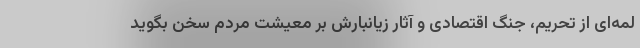
لمه‌ای از تحریم، جنگ اقتصادی و آثار زیانبارش بر معیشت مردم سخن بگوید